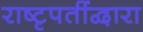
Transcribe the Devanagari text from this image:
राष्टृपतींद्वारा